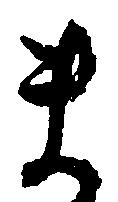
ま